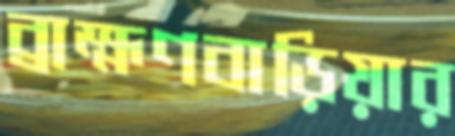
ব্রাহ্মণবাড়িয়ার